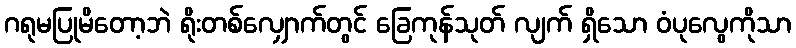
ဂရုမပြုမိတော့ဘဲ ရိုးတစ်လျှောက်တွင် ခြေကုန်သုတ် လျက် ရှိသော ဝံပုလွေကိုသာ